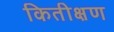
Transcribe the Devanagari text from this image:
कितीक्षण